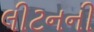
લીટનની